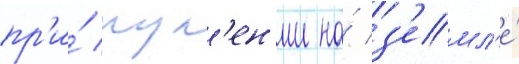
пр'и́ рул'ен'ии на́ з'емл'е́